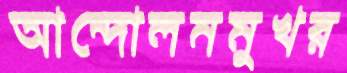
আন্দোলনমুখর